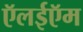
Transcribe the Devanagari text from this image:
ऍलईऍम